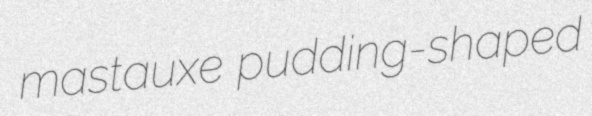
mastauxe pudding-shaped